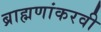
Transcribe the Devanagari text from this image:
ब्राह्मणांकरवी